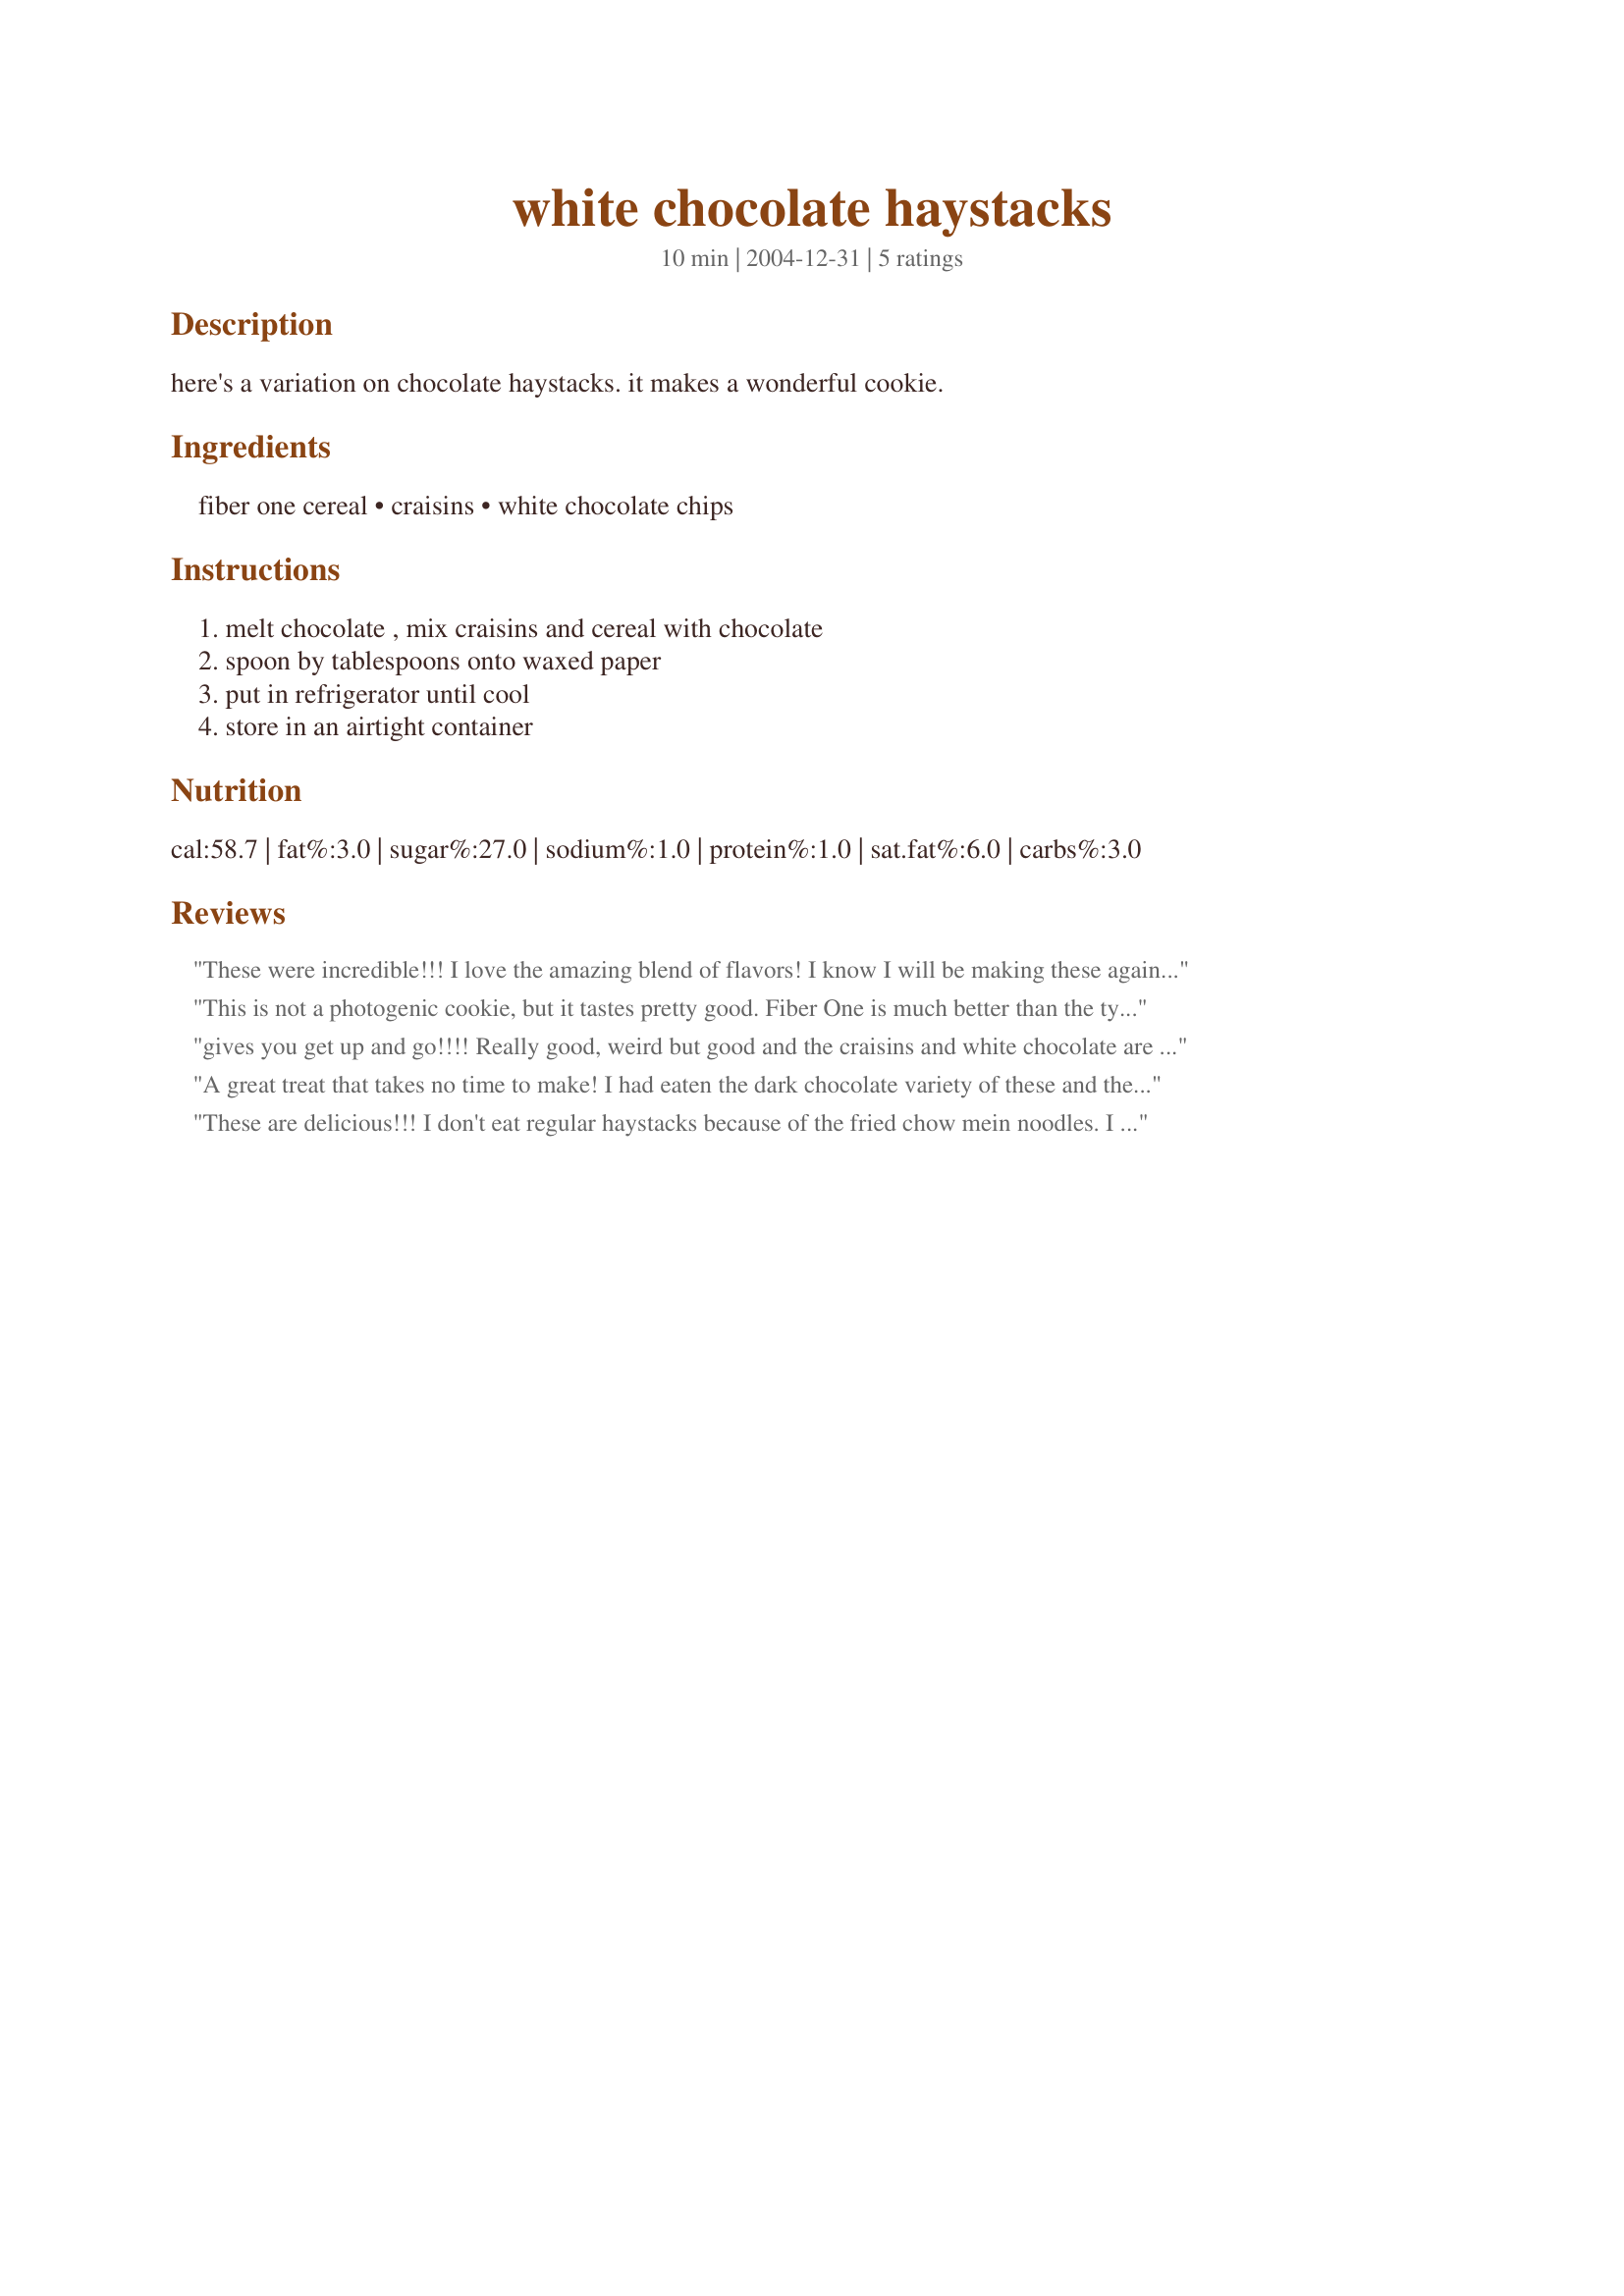
white chocolate haystacks
Preparation time: 10 minutes

here's a variation on chocolate haystacks. it makes a wonderful cookie.

Ingredients:
fiber one cereal, craisins, white chocolate chips

Steps:
melt chocolate , mix craisins and cereal with chocolate, spoon by tablespoons onto waxed paper, put in refrigerator until cool, store in an airtight container

Reviews:
These were incredible!!! I love the amazing blend of flavors! I know I will be making these again and again! Thank you soooo much!
This is not a photogenic cookie, but it tastes pretty good. Fiber One is much better than the typical haystack recipe which contains chow mein noodles.
gives you get up and go!!!! Really good, weird but good and the craisins and white chocolate are delicious together.
A great treat that takes no time to make! I had eaten the dark chocolate variety of these and the white chocolate version is equally as good. I used dried cherries in place of the Craisins because I prefer the combination. Thanks for sharing your recipe!
These are delicious!!! I don't eat regular haystacks because of the fried chow mein noodles. I LOVE this alternative! I actually used dark chocolate instead of white, as that is what I had on hand. I will try white next time which, for sure, will be just as yummy! These are great for those who want a healthy fibre-filled treat. These will be a regular at my house. Next time I hope to snap a photo.
